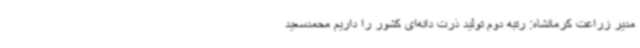
مدیر زراعت کرمانشاه: رتبه دوم تولید ذرت دانه‌ای کشور را داریم محمدسعید